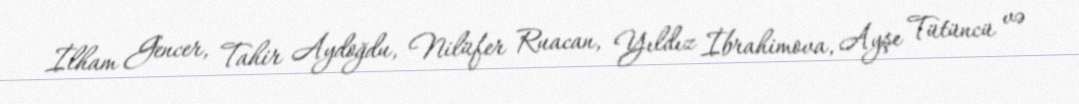
İlham Gencer, Tahir Aydoğdu, Nilüfer Ruacan, Yıldız İbrahimova, Ayşe Tütüncü və